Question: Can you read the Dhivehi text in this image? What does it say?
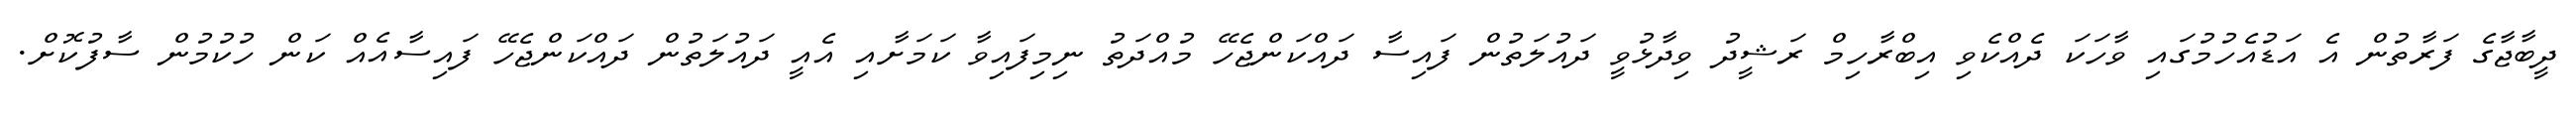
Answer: ދީބާޖާގެ ފަރާތުން އެ އަޑުއެހުމުގައި ވާހަކަ ދެއްކެވި އިބްރާހިމް ރަޝީދު ވިދާޅުވީ ދައުލަތުން ފައިސާ ދައްކަންޖެހޭ މުއްދަތު ނިމިފައިވާ ކަމަށާއި އެއީ ދައުލަތުން ދައްކަންޖެހޭ ފައިސާއެއް ކަން ހުކުމުން ސާފުކޮށް.